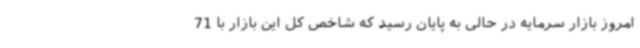
امروز بازار سرمایه در حالی به پایان رسید که شاخص کل این بازار با 71